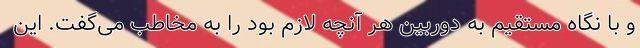
و با نگاه مستقیم به دوربین هر آنچه لازم بود را به مخاطب می‌گفت. این